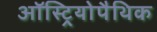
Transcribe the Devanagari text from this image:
ऑस्ट्रियोपैथिक